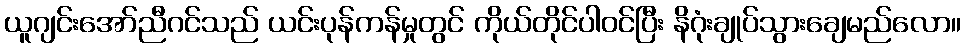
ယူဂျင်းအော်ညီဂင်သည် ယင်းပုန်ကန်မှုတွင် ကိုယ်တိုင်ပါဝင်ပြီး နိဂုံးချုပ်သွားချေမည်လော။